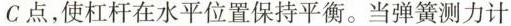
C点，使杠杆在水平位置保持平衡。当弹簧测力计